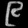
Digit: ၉